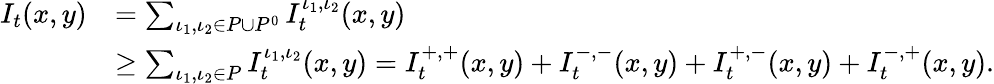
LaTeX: \begin{array}{rl}{I_{t}(x,y)}&{=\sum_{\iota_{1},\iota_{2}\in P\cup P^{0}}I_{t}^{\iota_{1},\iota_{2}}(x,y)}\\ &{\ge\sum_{\iota_{1},\iota_{2}\in P}I_{t}^{\iota_{1},\iota_{2}}(x,y)=I_{t}^{+,+}(x,y)+I_{t}^{-,-}(x,y)+I_{t}^{+,-}(x,y)+I_{t}^{-,+}(x,y).}\end{array}